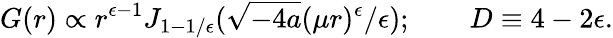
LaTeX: G(r)\propto r^{\epsilon-1}J_{1-1/\epsilon}(\sqrt{-4a}(\mu r)^{\epsilon}/\epsilon);\qquad D\equiv 4-2\epsilon.